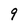
Character: 9